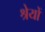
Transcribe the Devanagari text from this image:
श्रेयों